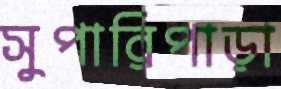
সুপারিপাড়া